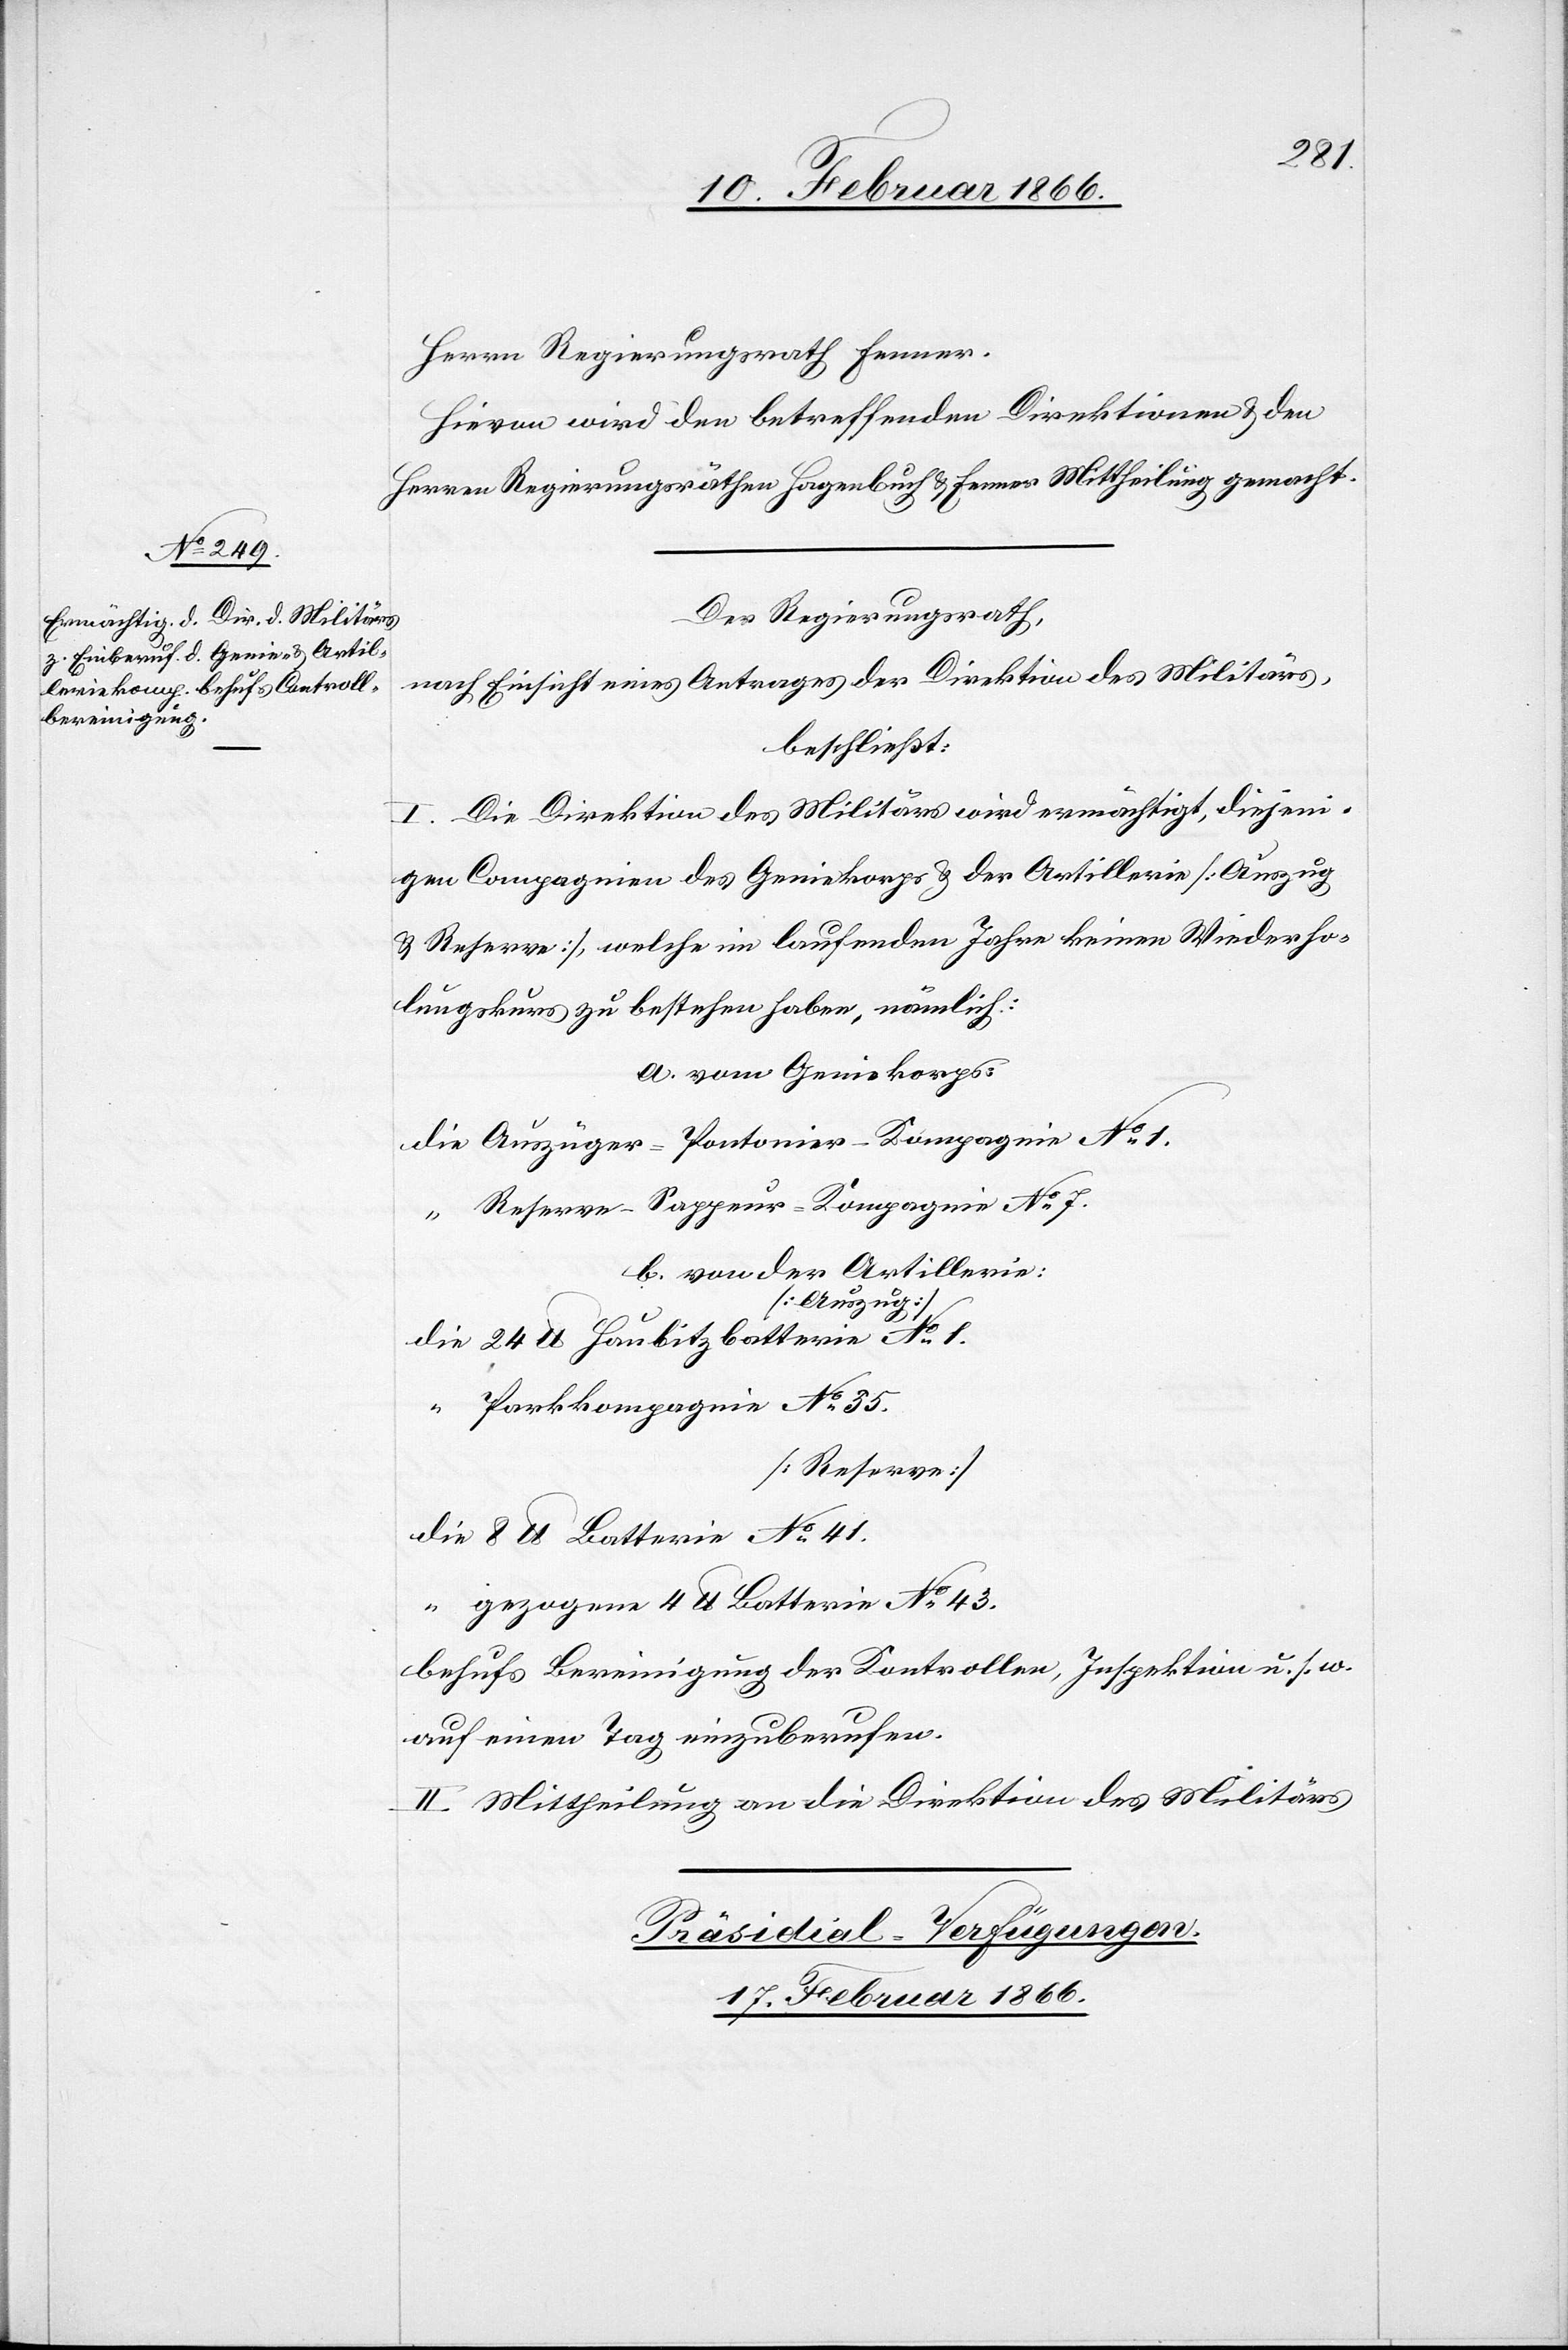
16. Februar 1866.]
Herrn Regierungsrath Fenner.
Hievon wird den betreffenden Direktionen u. den
Herren Regierungsräthen Hagenbuch u. Fenner Mittheilung gemacht.
Der Regierungsrath,
nach Einsicht eines Antrages der Direktion des Militärs,
beschließt:
I. Die Direktion des Militärs wird ermächtigt, diejeni¬
gen Compagnien des Geniekorps u. der Artillerie [Auszug
u. Reserve], welche im laufenden Jahre keinen Wiederho¬
lungskurs zu bestehen haben, nämlich:
a. vom Geniekorps
die Auszüger-Pontonier- Kompagnie Nr. 1.
“ Reserve–Sappeur-Kompagnie No. 7.
b. von der Artillerie
[Auszug]
die 24 lb. Haubitzbatterie No. 1.
Parkkompagnie No. 35.
[Reserve]
die 8 lb Batterie No. 41.
“ gezogene 4 lb Batterie No. 43.
behufs Bereinigung der Kontrollen, Inspektion u. s. w.
auf einen Tag einzuberufen.
II. Mittheilung an die Direktion des Militärs.
Präsidial-Verfügungen.
17. Februar 1866.